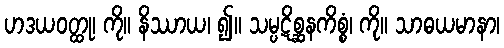
ဟဒယဝတ္ထု၊ ကို။ နိဿာယ၊ ၍။ သမ္ပဋိစ္ဆနကိစ္စံ၊ ကို။ သာဓယမာနာ၊